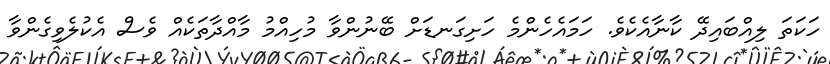
ހަކަތަ ލިއްބައިދޭ ކާނާއެކެވެ. ހަމައެހެންމެ ހަށިގަނޑަށް ބޭނުންވާ މުހިއްމު މާއްދާތަކެއް ވެސް އެކުލެވިގެންވާ